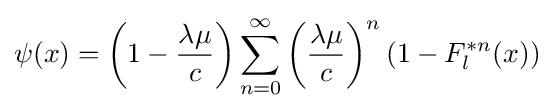
\psi (x)=\left(1-{\frac {\lambda \mu }{c}}\right)\sum _{n=0}^{\infty }\left({\frac {\lambda \mu }{c}}\right)^{n}(1-F_{l}^{\ast n}(x))